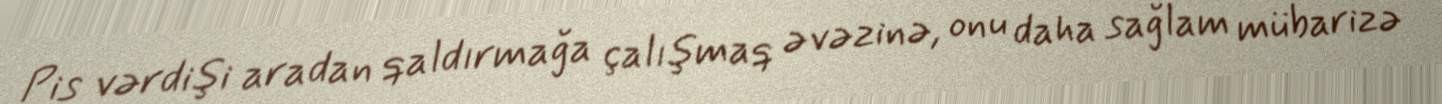
Pis vərdişi aradan qaldırmağa çalışmaq əvəzinə, onu daha sağlam mübarizə